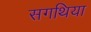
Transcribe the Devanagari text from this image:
सगथिया